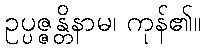
ဥပ္ပဇ္ဇန္တိနာမ၊ ကုန်၏။